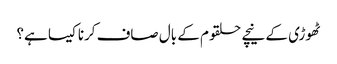
ٹھوڑی کے نیچے حلقوم کے بال صاف کرنا کیسا ہے؟